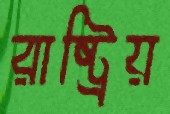
রাষ্ট্রিয়